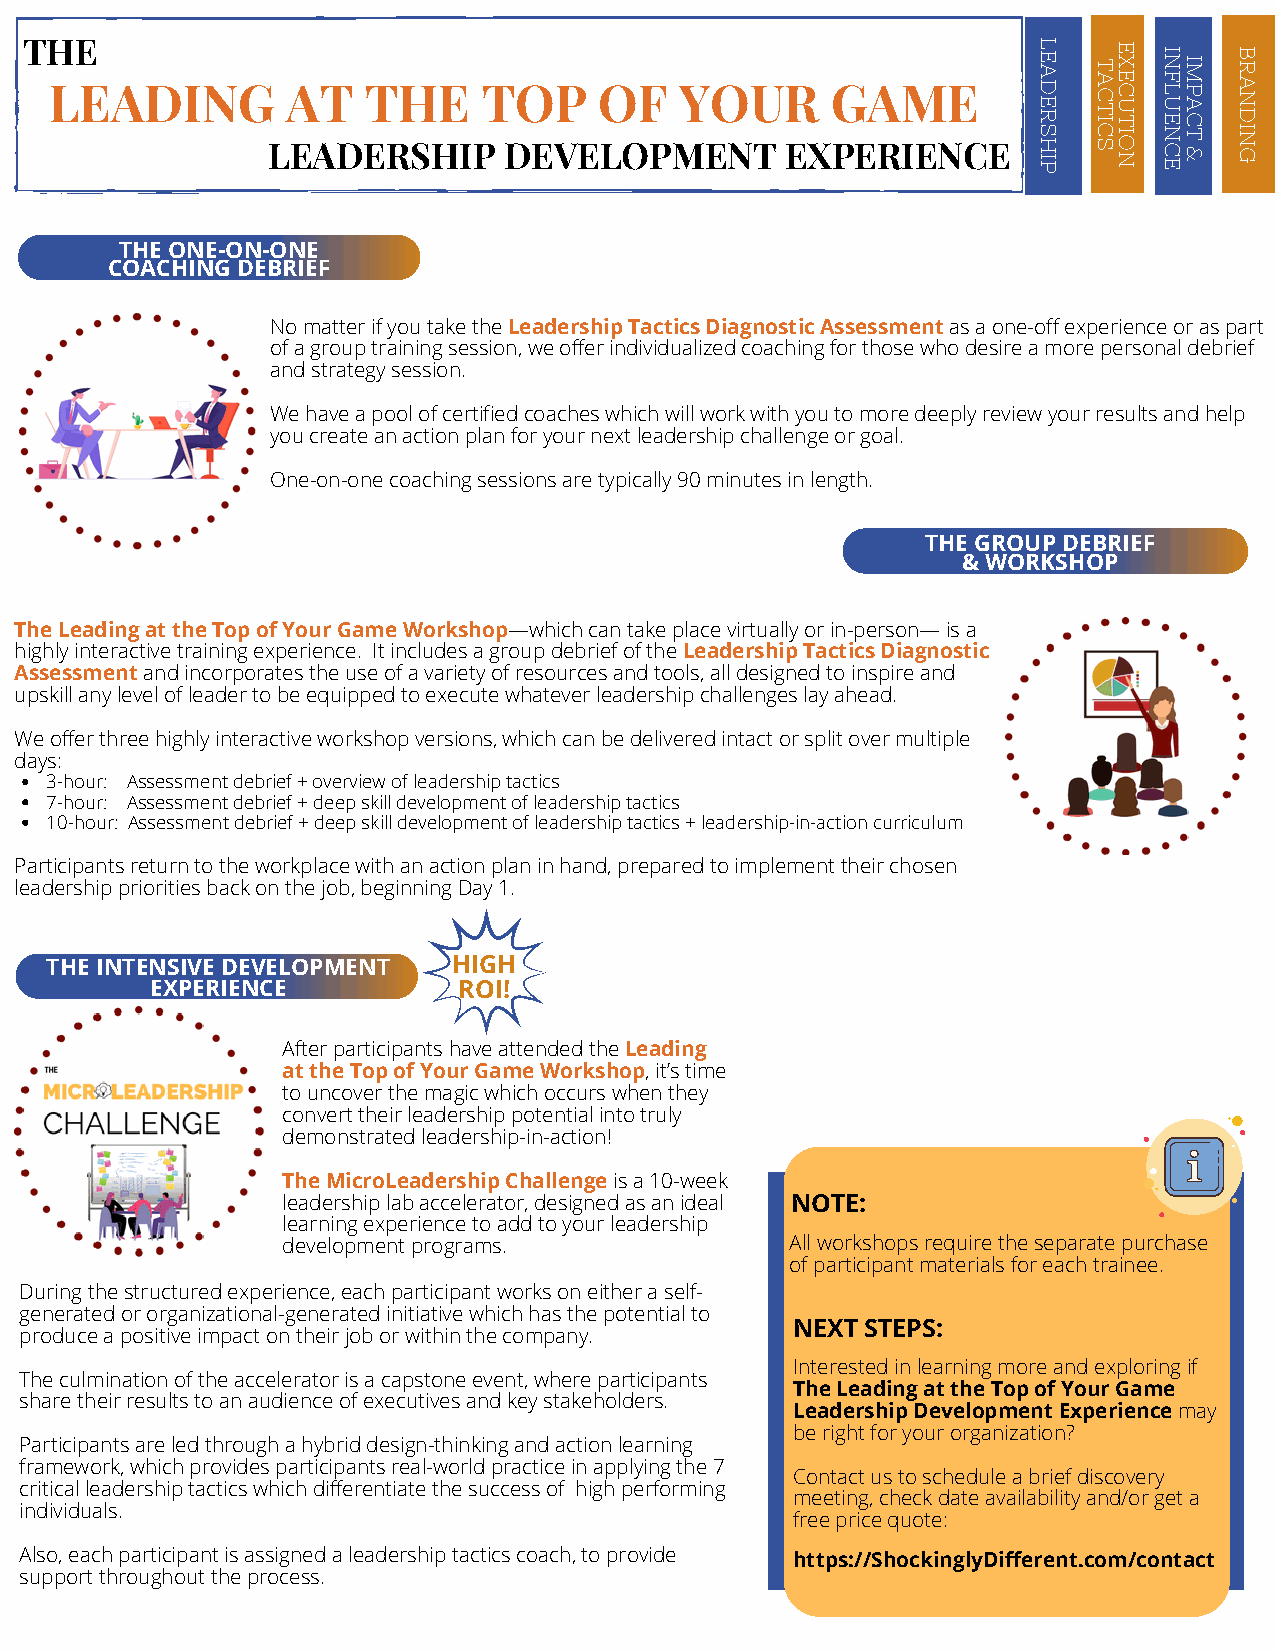
TH LE E ADING     AT   THE     TO   P  OF   YOUR      GAME          L E A D E R T A C T IE X E C U T I N F L U EI M P A C B R A N D
 LEADERSHIP     DEVELOPMENT        EXPERIENCE       S H I
 P
 C SI O N N C ET & I N G
 THE ONE-ON-ONE
 COACHING DEBRIEF
 No matter if you take the Leadership Tactics Diagnostic Assessment as a one-off experience or as part
 of a group training session, we offer individualized coaching for those who desire a more personal debrief
 and strategy session.
 We have a pool of certified coaches which will work with you to more deeply review your results and help
 you create an action plan for your next leadership challenge or goal.
 One-on-one coaching sessions are typically 90 minutes in length.
 THE GROUP DEBRIEF
 & WORKSHOP
 The Leading at the Top of Your Game Workshop—which can take place virtually or in-person— is a
 highly interactive training experience. It includes a group debrief of the Leadership Tactics Diagnostic
 Assessment and incorporates the use of a variety of resources and tools, all designed to inspire and
 upskill any level of leader to be equipped to execute whatever leadership challenges lay ahead.
 We offer three highly interactive workshop versions, which can be delivered intact or split over multiple
 days:
 3-hour: Assessment debrief + overview of leadership tactics
 7-hour: Assessment debrief + deep skill development of leadership tactics
 10-hour: Assessment debrief + deep skill development of leadership tactics + leadership-in-action curriculum
 Participants return to the workplace with an action plan in hand, prepared to implement their chosen
 leadership priorities back on the job, beginning Day 1.
 THE INTENSIVE DEVELOPMENT  HIGH
 EXPERIENCE          ROI!
 After participants have attended the Leading
 at the Top of Your Game Workshop, it’s time
 to uncover the magic which occurs when they
 convert their leadership potential into truly
 demonstrated leadership-in-action!
 The MicroLeadership Challenge is a 10-week
 leadership lab accelerator, designed as an ideal NOTE:
 learning experience to add to your leadership
 development programs.            All workshops require the separate purchase
 of participant materials for each trainee.
 During the structured experience, each participant works on either a self-
 generated or organizational-generated initiative which has the potential to
 NEXT STEPS:
 produce a positive impact on their job or within the company.
 Interested in learning more and exploring if
 The culmination of the accelerator is a capstone event, where participants
 The Leading at the Top of Your Game
 share their results to an audience of executives and key stakeholders.
 Leadership Development Experience may
 be right for your organization?
 Participants are led through a hybrid design-thinking and action learning
 framework, which provides participants real-world practice in applying the 7
 Contact us to schedule a brief discovery
 critical leadership tactics which differentiate the success of high performing
 meeting, check date availability and/or get a
 individuals.
 free price quote:
 Also, each participant is assigned a leadership tactics coach, to provide https://ShockinglyDifferent.com/contact
 support throughout the process.